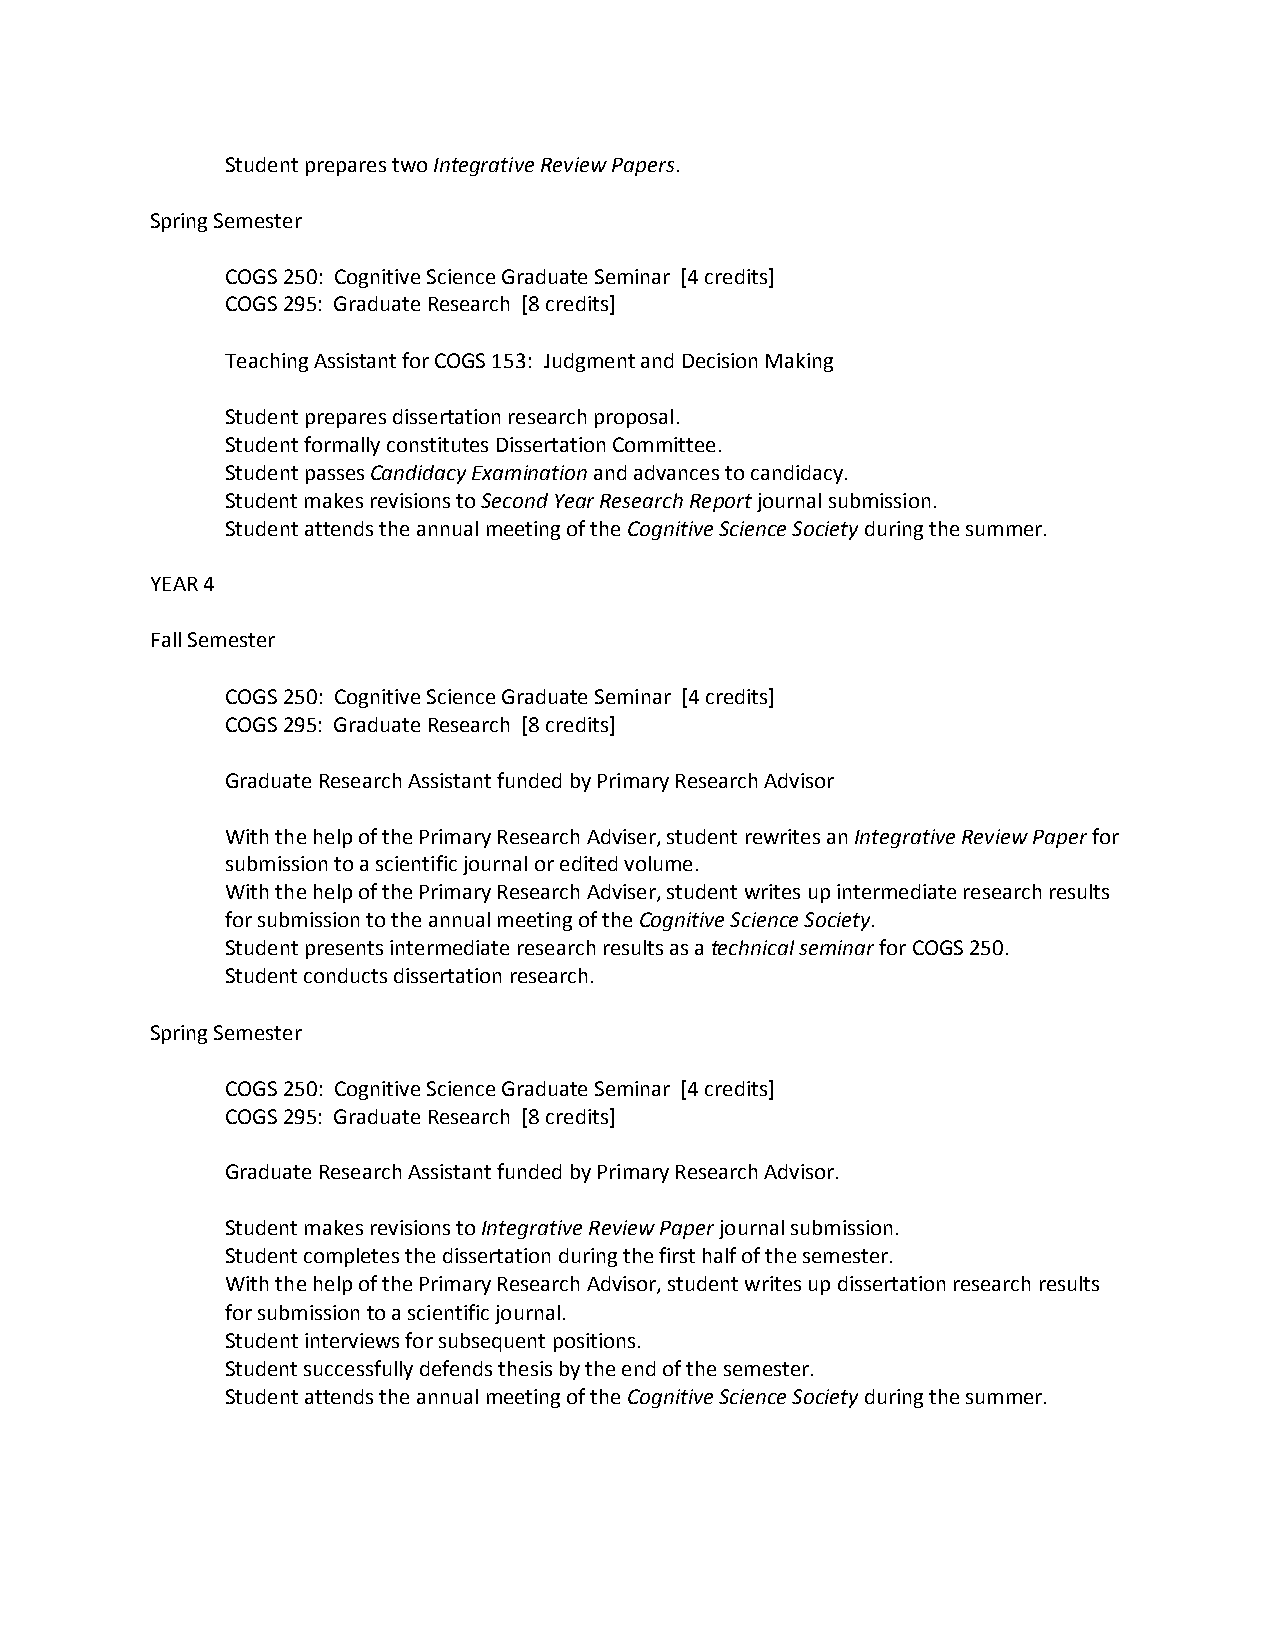
Student prepares two Integrative Review Papers.
 Spring Semester
 COGS 250: Cognitive Science Graduate Seminar [4 credits]
 COGS 295: Graduate Research [8 credits]
 Teaching Assistant for COGS 153: Judgment and Decision Making
 Student prepares dissertation research proposal.
 Student formally constitutes Dissertation Committee.
 Student passes Candidacy Examination and advances to candidacy.
 Student makes revisions to Second Year Research Report journal submission.
 Student attends the annual meeting of the Cognitive Science Society during the summer.
 YEAR 4
 Fall Semester
 COGS 250: Cognitive Science Graduate Seminar [4 credits]
 COGS 295: Graduate Research [8 credits]
 Graduate Research Assistant funded by Primary Research Advisor
 With the help of the Primary Research Adviser, student rewrites an Integrative Review Paper for
 submission to a scientific journal or edited volume.
 With the help of the Primary Research Adviser, student writes up intermediate research results
 for submission to the annual meeting of the Cognitive Science Society.
 Student presents intermediate research results as a technical seminar for COGS 250.
 Student conducts dissertation research.
 Spring Semester
 COGS 250: Cognitive Science Graduate Seminar [4 credits]
 COGS 295: Graduate Research [8 credits]
 Graduate Research Assistant funded by Primary Research Advisor.
 Student makes revisions to Integrative Review Paper journal submission.
 Student completes the dissertation during the first half of the semester.
 With the help of the Primary Research Advisor, student writes up dissertation research results
 for submission to a scientific journal.
 Student interviews for subsequent positions.
 Student successfully defends thesis by the end of the semester.
 Student attends the annual meeting of the Cognitive Science Society during the summer.